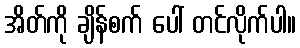
အိတ်ကို ချိန်စက် ပေါ် တင်လိုက်ပါ။